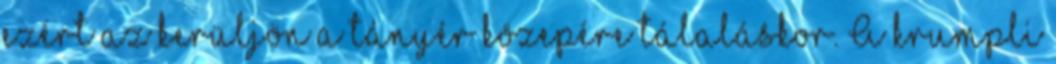
ezért az kerüljön a tányér közepére tálaláskor. A krumpli